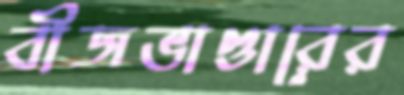
বীজভাণ্ডারের